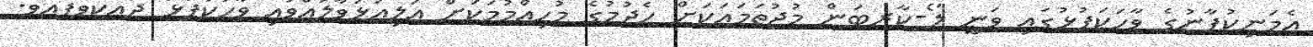
އެމަނިކުފާނުގެ ވާހަކަފުޅުގައި ވަނީ ލޯ-ކާރބަން މުޖުތަމައަކަށް ހެދުމުގެ މުހިއްމުމަކަށް އަލިއަޅުވާލައްވައި ވާހަކަފުޅު ދައްކަވާފައެވެ.